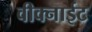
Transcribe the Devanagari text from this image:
वीक्नाईट